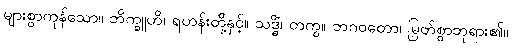
များစွာကုန်သော။ ဘိက္ခူဟိ၊ ရဟန်းတို့နှင့်။ သဒ္ဓိံ၊ တကွ။ ဘဂဝတော၊ မြတ်စွာဘုရား၏။